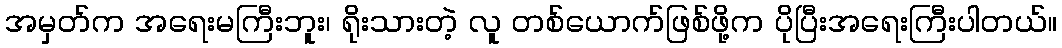
အမှတ်က အရေးမကြီးဘူး၊ ရိုးသားတဲ့ လူ တစ်ယောက်ဖြစ်ဖို့က ပိုပြီးအရေးကြီးပါတယ်။